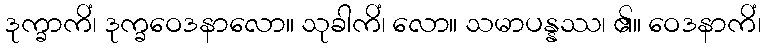
ဒုက္ခာကိံ၊ ဒုက္ခဝေဒနာလော။ သုခါကိံ၊ လော။ သမာပန္နဿ၊ ၏။ ဝေဒနာကိံ၊